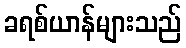
ခရစ်ယာန်များသည်